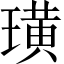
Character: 璜